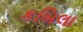
કબિલા